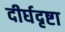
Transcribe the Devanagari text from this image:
दीर्घदृष्टा